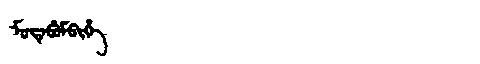
Manchu: ᠮᡠᡨᡝᠪᡠᠮᠪᡳᡥᡝ
Romanization: MUTEBUMBIHE